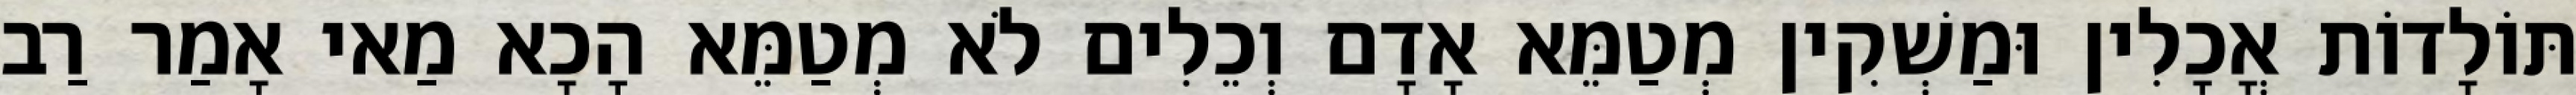
תּוֹלָדוֹת אֳכָלִין וּמַשְׁקִין מְטַמֵּא אָדָם וְכֵלִים לֹא מְטַמֵּא הָכָא מַאי אָמַר רַב